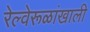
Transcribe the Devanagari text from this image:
रेल्वेरूळांखाली